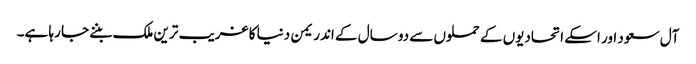
آل سعود اور اسکے اتحادیوں کے حملوں سے دو سال کے اندر یمن دنیا کا غریب ترین ملک بننے جا رہا ہے۔